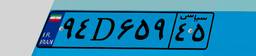
۵۲D۴۰۲۷۹